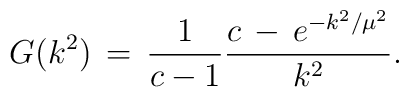
G(k^2)\,=\,\frac{1}{c-1}\frac{c\,-\,e^{-k^{2}/\mu^2}}{k^2}.